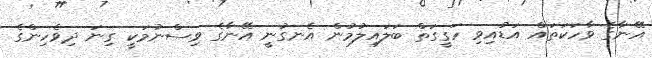
އޭނާގެ ވާހަކަތައް އަޑުއިވި ހަގީގަތް ބަލައިލުމުން އެނގުނީ އޭނާގެ ވިސްނުމަކީ ގިނަ ދިވެހިންގެ